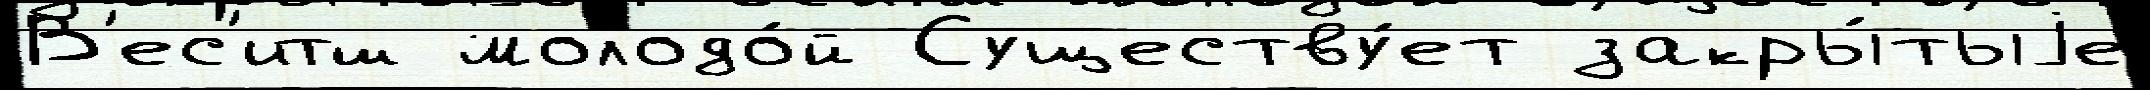
В'ес'итш молодо́й Существу́ет закры́тыjе